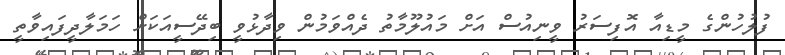
ފުލުހުންގެ މީޑިއާ އޮފިސަރު ވީނިއުސް އަށް މައުލޫމާތު ދެއްވަމުން ވިދާޅުވީ ބިދޭސީއަކަށް ހަމަލާދީފައިވާތީ